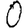
Digit: 0